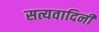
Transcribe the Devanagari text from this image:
सत्यवादिनी